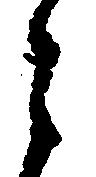
々